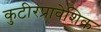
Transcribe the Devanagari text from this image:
कुटीरप्रावेशिक